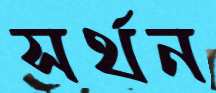
সর্থন